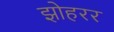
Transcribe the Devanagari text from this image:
झोहरर